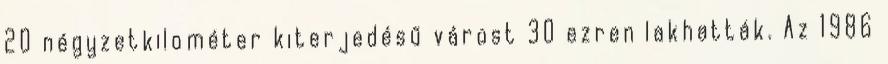
20 négyzetkilométer kiterjedésű várost 30 ezren lakhatták. Az 1986